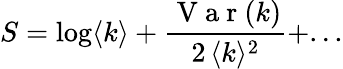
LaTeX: S=\log\langle k\rangle+\frac{\mathrm{~V~a~r~}(k)}{2\, \langle k\rangle^{2}}+...